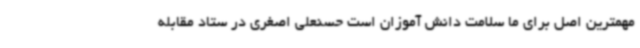
مهمترین اصل برای ما سلامت دانش آموزان است حسنعلی اصغری در ستاد مقابله